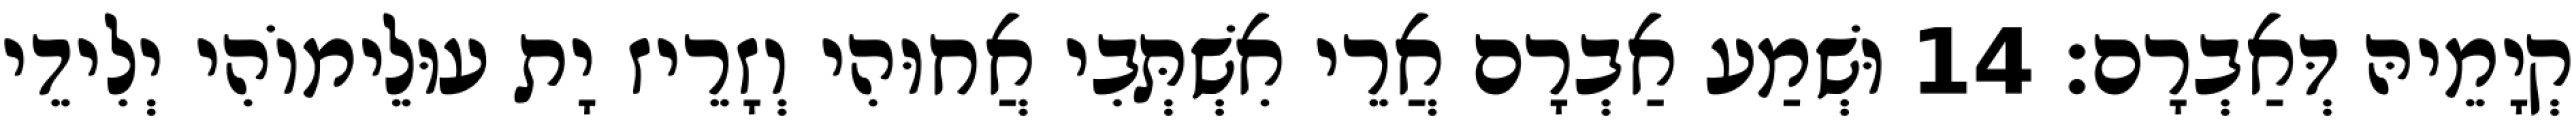
קְיָמֵיהּ דְּאַבְרָם׃ 14 וּשְׁמַע אַבְרָם אֲרֵי אִשְׁתְּבִי אֲחוּהִי וְזָרֵיז יָת עוּלֵימוֹהִי יְלִידֵי